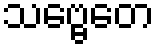
သဗ္ဗေတေ